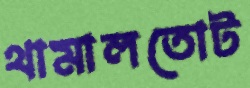
থামালতোট